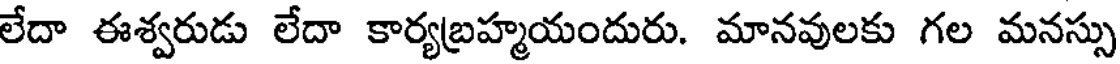
లేదా ఈశ్వరుడు లేదా కార్యబ్రహ్మయందురు. మానవులకు గల మనస్సు